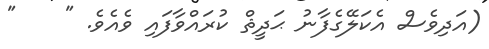
(އަދިވެސް އެކަލޭގެފާނު ޙަދީޘް ކުރައްވާފައި ވެއެވެ. "    "